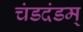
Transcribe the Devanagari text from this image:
चंडदंडम्